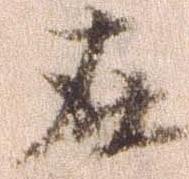
在